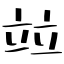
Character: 竝